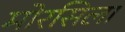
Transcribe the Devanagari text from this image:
मोरसिला